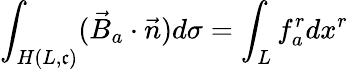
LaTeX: \int_{H(L,\mathfrak{c})}(\vec{{B}}_{a}\cdot\vec{{n}})d\sigma=\int_{L}f_{a}^{r}dx^{r}